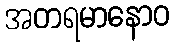
အတရမာနောဝ